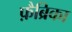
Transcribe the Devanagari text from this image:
फ़ैब्रिका